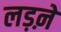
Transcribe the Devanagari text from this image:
लड़ऩे